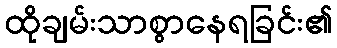
ထိုချမ်းသာစွာနေရခြင်း၏